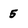
Character: 5